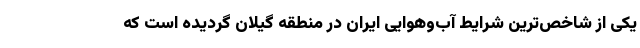
یکی از شاخص‌ترین شرایط آب‌وهوایی ایران در منطقه گیلان گردیده است که